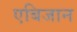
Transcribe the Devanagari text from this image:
एबिजान